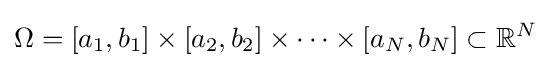
\Omega =[a_{1},b_{1}]\times [a_{2},b_{2}]\times \cdots \times [a_{N},b_{N}]\subset \mathbb {R} ^{N}